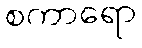
စကာရော